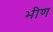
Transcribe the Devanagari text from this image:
भीण